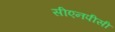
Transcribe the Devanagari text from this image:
सीएनपीसी